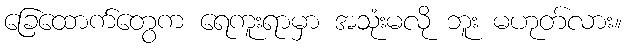
ခြေထောက်တွေက ရေကူးရာမှာ အသုံးမလို ဘူး မဟုတ်လား။